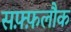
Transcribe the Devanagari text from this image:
सफ़्फ़लौक